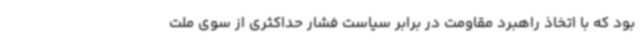
بود که با اتخاذ راهبرد مقاومت در برابر سیاست فشار حداکثری از سوی ملت